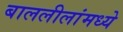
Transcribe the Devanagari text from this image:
बाललीलांमध्ये